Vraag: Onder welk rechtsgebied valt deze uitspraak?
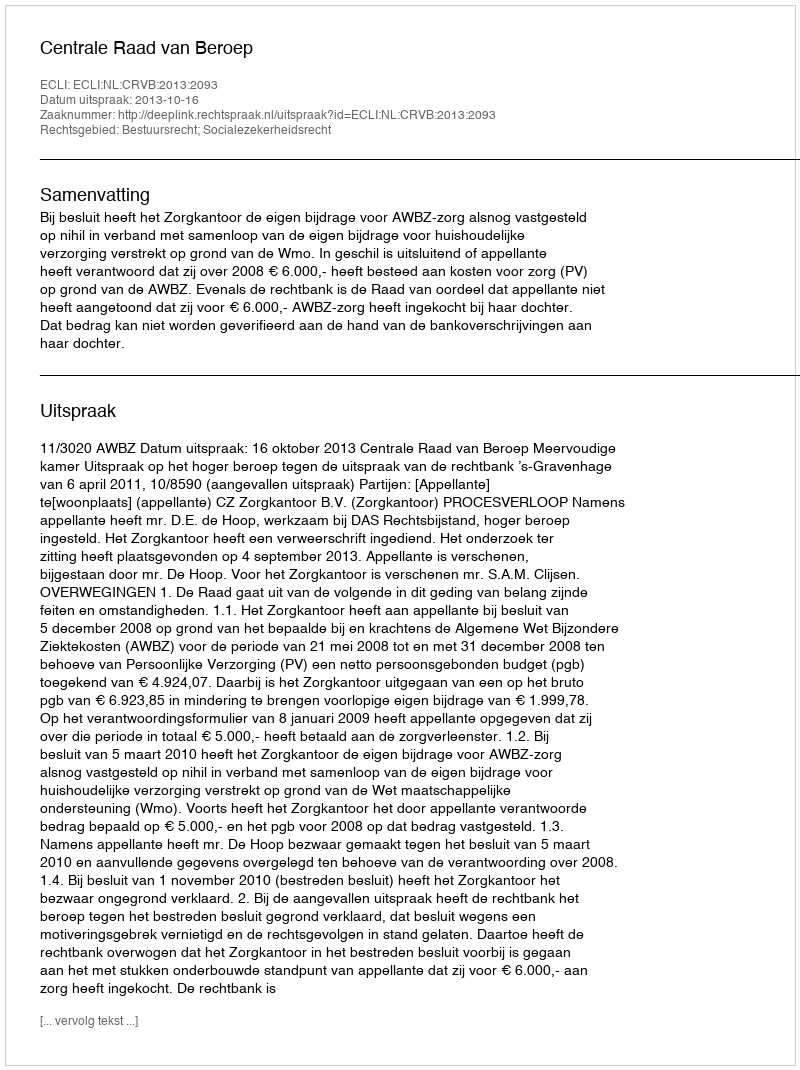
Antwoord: Bestuursrecht; Socialezekerheidsrecht